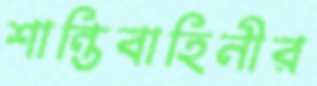
শান্তিবাহিনীর